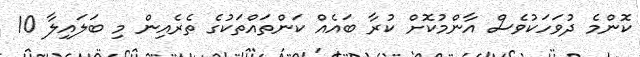
ކޮންމެ ދުވަހަކުވެސް އާންމުކޮށް ކުރާ ބައެއް ކަންތައްތަކުގެ ތެރެއިން މި ބަލައިލާ 10